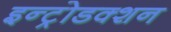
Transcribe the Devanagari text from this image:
इन्ट्रोडक्शन